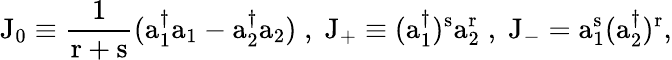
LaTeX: \mathrm{J_{0}\equiv\frac{1}{r+s}(a_{1}^{\dagger}a_{1}-a_{2}^{\dagger}a_{2})\; ,\; \mathrm{J_{+}\equiv(a_{1}^{\dagger})^{s}a_{2}^{r}\; ,\; \mathrm{J_{-}=a_{1}^{s}(a_{2}^{\dagger})^{r},}}}